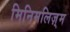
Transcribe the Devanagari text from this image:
मिनिमलिज़्म